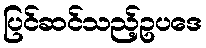
ပြင်ဆင်သည့်ဥပဒေ